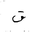
Letter: _qaf